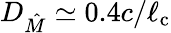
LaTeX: D_{\hat{M}}\simeq 0.4c/\ell_{\mathrm{c}}